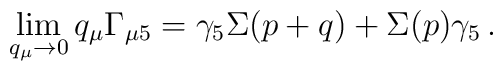
\lim_{q_{\mu }\rightarrow 0}q_{\mu }\Gamma_{\mu 5}=\gamma _{5}\Sigma(p+q)+\Sigma (p)\gamma _{5}\, .